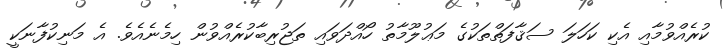
ކުރެއްވުމާއި އެކި ކަހަލަ ސަޤާފަތްތަކުގެ މަޢުލޫމާތު ހޯއްދަވައި ތަޖުރިބާކުރެއްވުން ހިމެނެއެވެ. އެ މަނިކުފާނަކީ